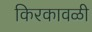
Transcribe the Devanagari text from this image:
किरकावळी